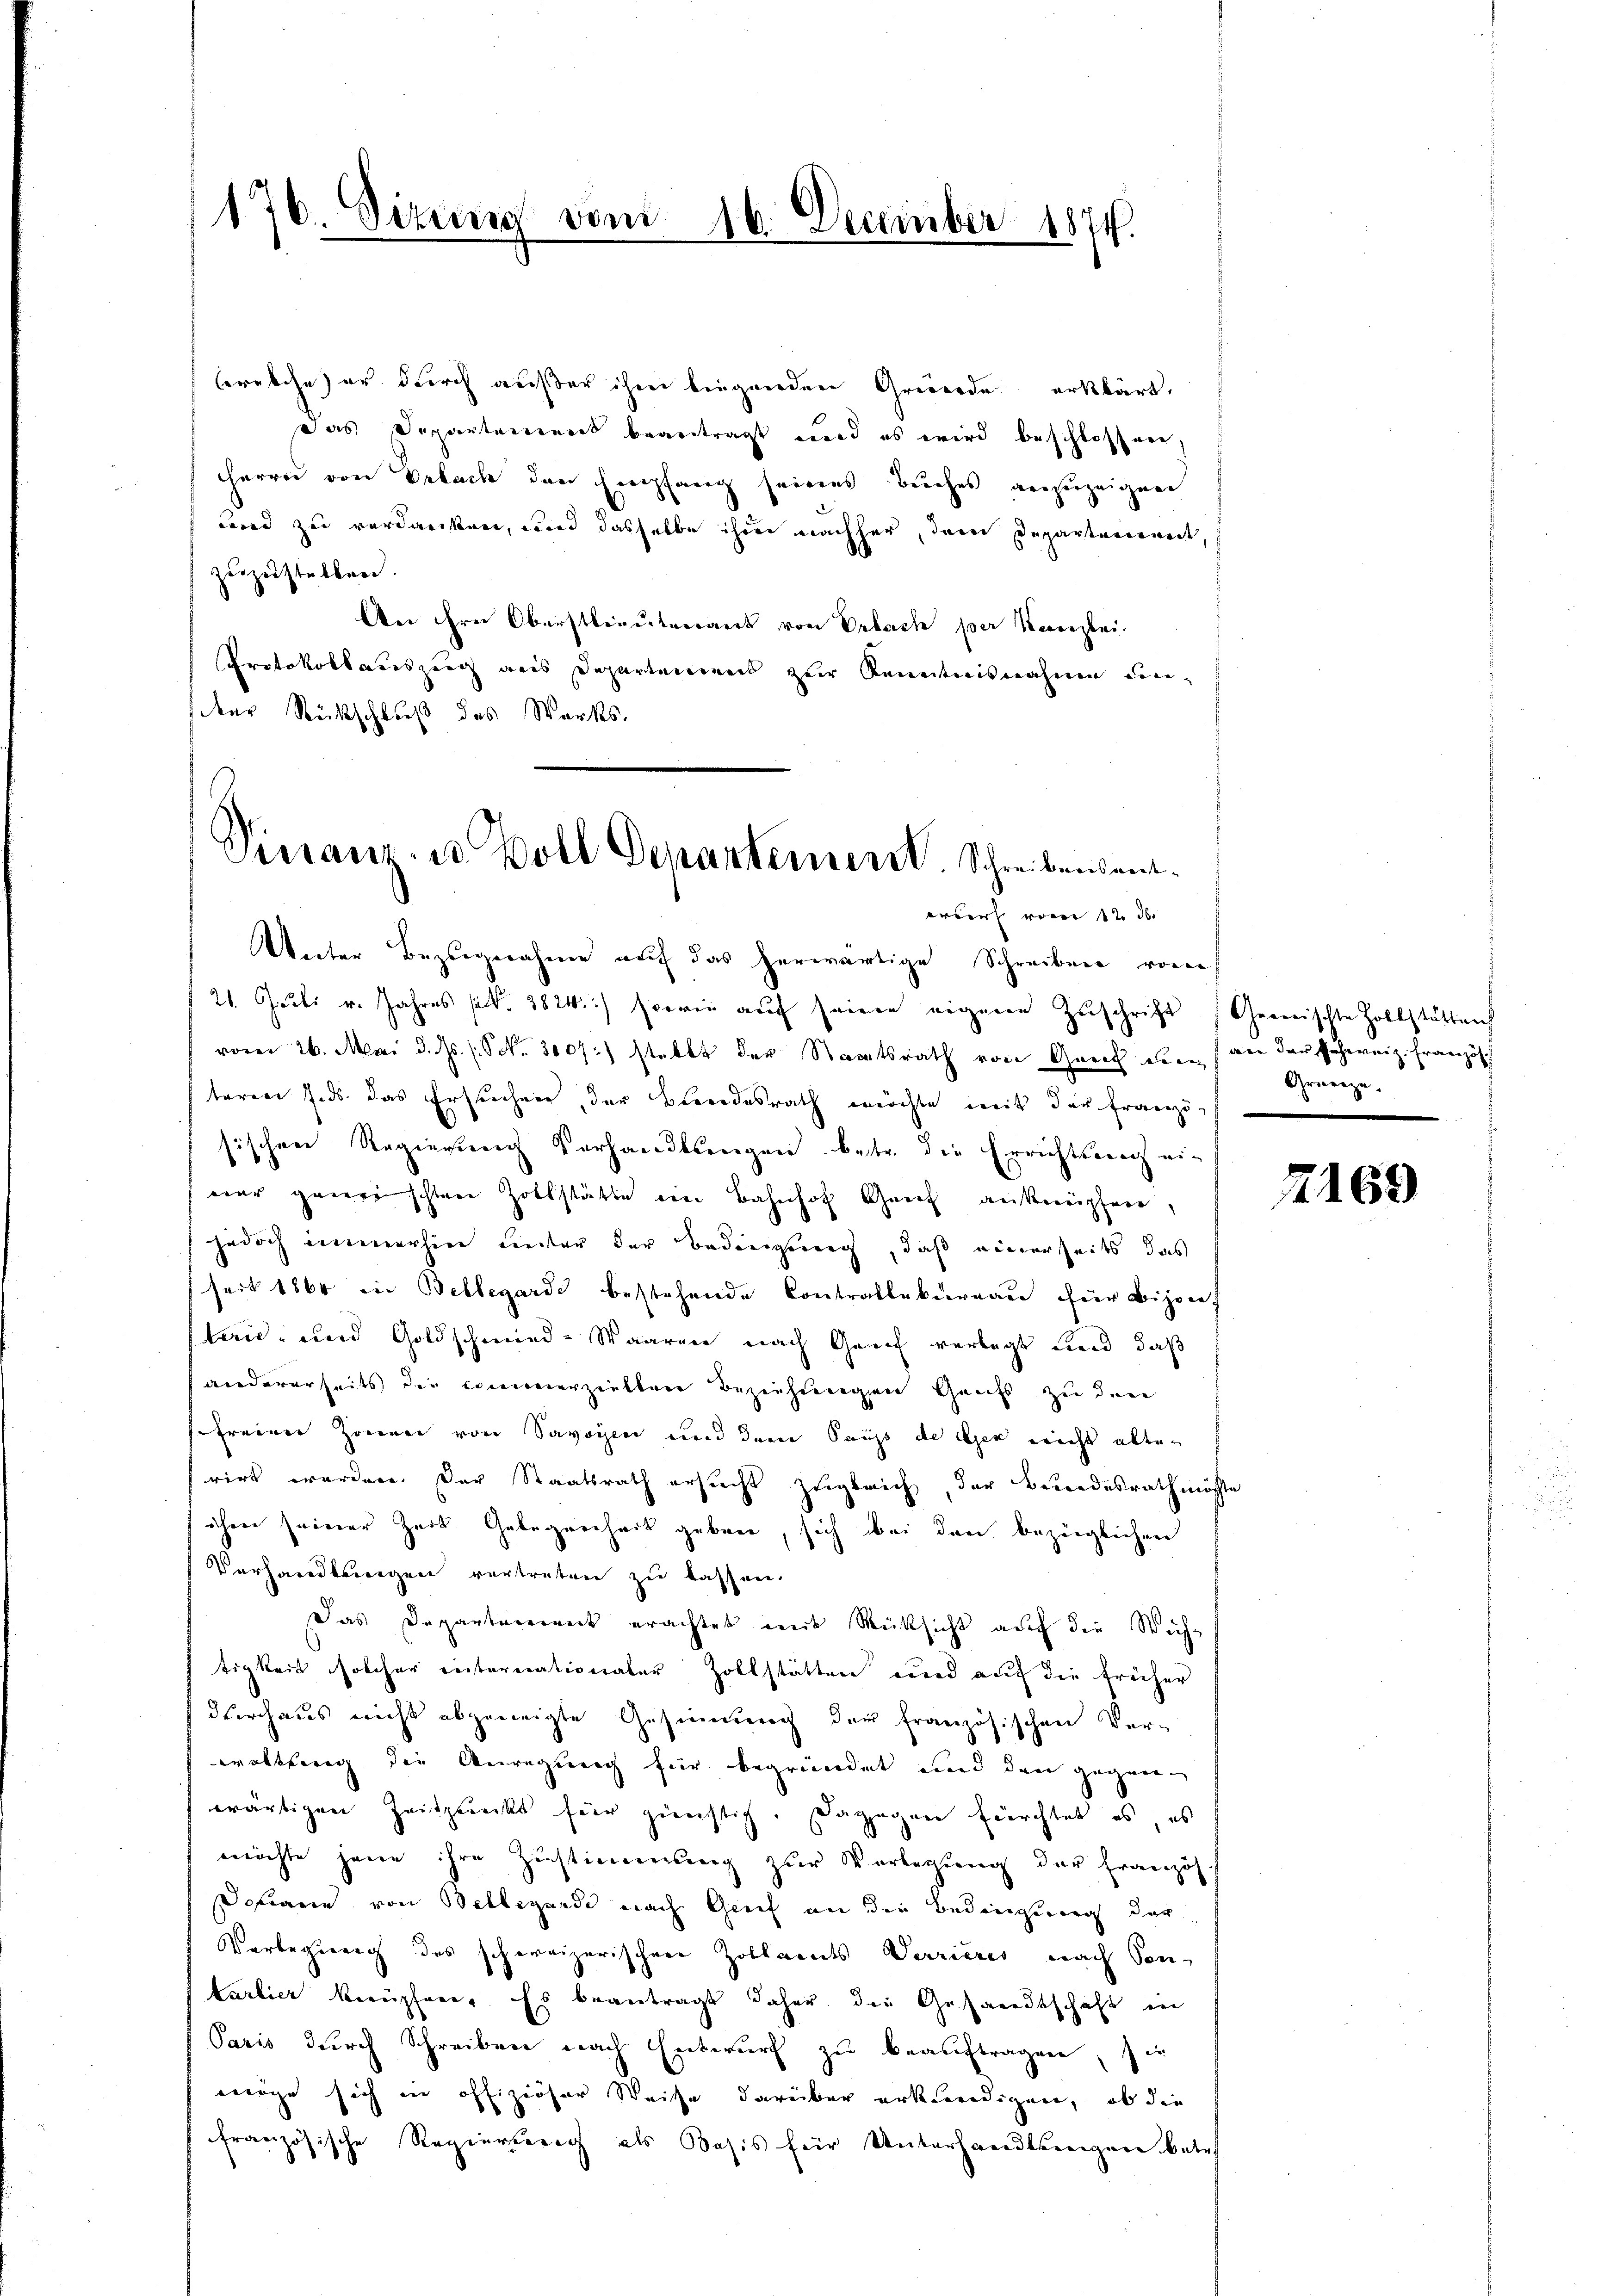
176. Sizung vom 16. December 1874.

brelche er durch außer ihm beigenden Gründe erklärt,
das Departement beantragt und es wird beschlossen
Herrn von Erbach den Empfang seines Buches anzuzeigen
wird zu verdanken, und dasselbe ihm nachher, dem Departarerweit,
Zuzeistelbar.
An ihre Oberstlieutenant von Vrebach per Kanzlei.
Protokollareszeig aus Departement zur Kenntnisnahmen un
dder Rückschluß des Werks

Vieranz- u. Boll Denantement. Schreibensentwer von 12. der

Unter Bezugnahme auf das herwärtige Schreiben vom
21. Juli v. Jahres sub. 2824.) sowie auf seinen eigene Zuschrift
vom 26. Mai d. Js. (Frk. 3007:) stellt der Staatsrath von Genf ein an das schweiz. Französch
teren Ends das Erstechnen, der Brandesrath möchte mit der Franzö
sischen Regierung Verhandlungen betr. die Errichtsnach ein
war gerischen Zollstätte ein Bahnhof Grief anknüpfen,
jedoch immerhin Leiter der Bedingung, daß einerseits das
(seit 1864 in Beblegarde bestehende Contraltakureau für Bijonet
tei- und Goldschmied-Waaren nach Genf verlegt und daß
andererseits die Commerziellere Beziehungen Gauts zu den
freinen Zonenen von Savoyen und dem Saups de der nicht alten
rirt worden. Der Staatsrath ersucht zugleich, der Beundesrath möchte
ihrer seiner Zeit Gelegenheit geben, sich bei den bezüglichen
Vorhandlungen vertreten zu lassen.
Das Departement erachtet mit Rücksicht auf die Wichtigkeit solcher internationaler Zollstätten und auf die früher
durchaus nicht abzeneigte Gesinnung der französischen Ver-
woltsweg die Anregung für begründet und den gegenwärtigen Zeitpunckt für günstig. Dagegen fürchtet es, es
möchte jene ihre Zustimmung zur Vorlegung der Französ.
ohann von Sollegende nach Greif an die Bedingung der
Varbegierig des schweizerischen Zollandes Verrieres nach Sontarlier berüpfen. Es beantragt daher die Gesandtschaft in
Paris durch Schreiben nach Entwurf zu beauftragen, sie
möge sich in offiziöser Weise darüber erkennedigen, ob die
französische Regierung als Basis für Unterhandlsengere betref

Gemischte Zollstättens
Gruenze.

2169